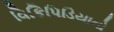
વિકિપિડિયાનો